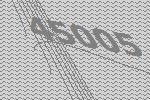
45005